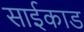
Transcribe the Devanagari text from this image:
साईकाड